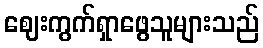
ဈေးကွက်ရှာဖွေသူများသည်